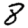
Digit: 8